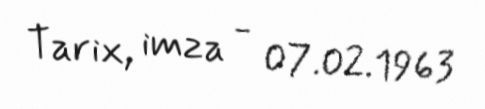
Tarix, imza - 07.02.1963